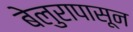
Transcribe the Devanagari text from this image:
बेलुरापासून